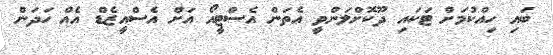
ބައި ހިއްކުމަށް ޓަކައި ދޫކޮށްލަންވީ އެތަން އެސްޓީއޯ އަށް އެސްއީޒެޑް އެއް ހަދަން